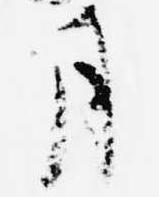
月